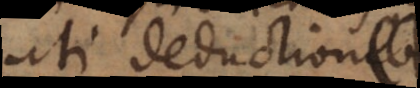
uti deductionibus